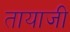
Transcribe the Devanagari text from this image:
तायाजी